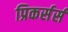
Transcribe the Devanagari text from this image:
प्रिकर्सर्स